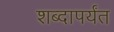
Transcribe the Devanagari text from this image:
शब्दापर्यंत